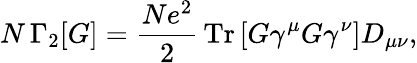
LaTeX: N\, \Gamma_{2}[G]=\frac{Ne^{2}}{2}\, \mathrm{Tr}\left[G\gamma^{\mu}G\gamma^{\nu}\right]D_{\mu\nu},